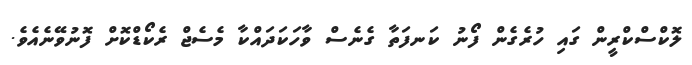
ލޮކްސްކްރީން ގައި ހުރެގެން ފޯނު ކަނފަތާ ގެނެސް ވާހަކަދައްކާ މެސެޖް ރެކޯޑްކޮށް ފޮނުވޭނެއެވެ.